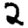
Digit: 2